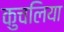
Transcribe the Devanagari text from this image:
कुचलिया